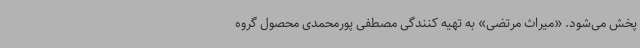
پخش می‌شود. «میراث مرتضی» به تهیه کنندگی مصطفی پورمحمدی محصول گروه